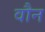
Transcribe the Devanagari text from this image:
वौन